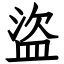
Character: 盜